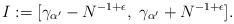
LaTeX: \begin{align*}I:=[\gamma_{\alpha^{\prime}}-N^{-1+\epsilon}, \ \gamma_{\alpha^{\prime}}+N^{-1+\epsilon}]. \end{align*}